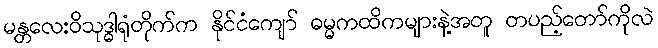
မန္တလေးဝိသုဒ္ဓါရုံတိုက်က နိုင်ငံကျော် ဓမ္မကထိကများနဲ့အတူ တပည့်တော်ကိုလဲ